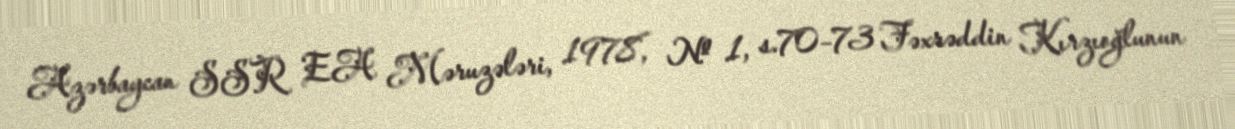
Azərbaycan SSR EA Məruzələri, 1978, № 1, s.70–73 Fəxrəddin Kırzıoğlunun